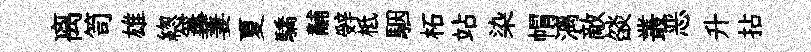
离笥雄緫篝萋夏驕黼辤柢駰柘站染㡌漓敵燄叢恶升拈